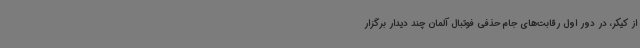
از کیکر، در دور اول رقابت‌های جام حذفی فوتبال آلمان چند دیدار برگزار